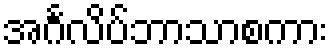
အင်္ဂလိပ်ဘာသာစကား